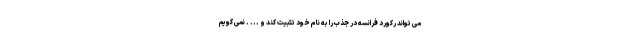
می تواند رکورد فرانسه در جذب را به نام خود تثبیت کند و ... . نمی گویم